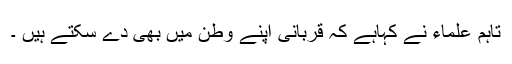
تاہم علماء نے کہاہے کہ قربانی اپنے وطن میں بھی دے سکتے ہیں ۔